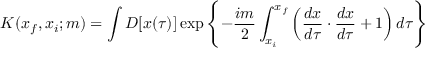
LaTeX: K ( x _ { f } , x _ { i } ; m ) = \int { \cal D } [ x ( \tau ) ] \exp \left\{ - \frac { i m } { 2 } \int _ { x _ { i } } ^ { x _ { f } } \left( \frac { d x } { d \tau } \cdot \frac { d x } { d \tau } + 1 \right) d \tau \right\}